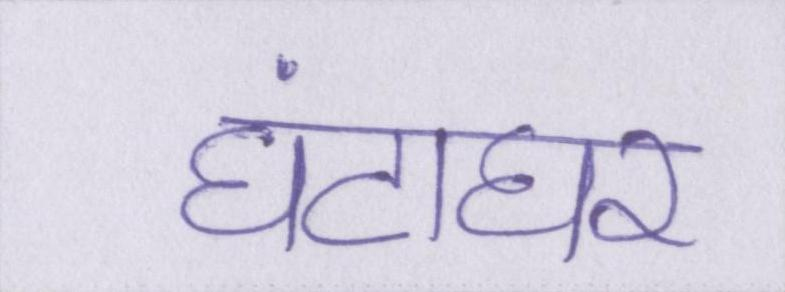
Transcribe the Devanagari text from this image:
घंटाघर